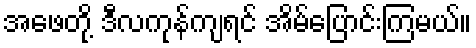
အဖေတို့ ဒီလကုန်ကျရင် အိမ်ပြောင်းကြမယ်။